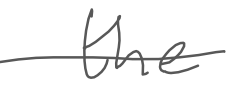
Text: the
Cross-out: single-line
Writing tool: digital_gray